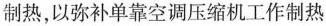
制热，以弥补单靠空调压缩机工作制热